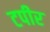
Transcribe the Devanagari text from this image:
टपीर